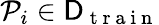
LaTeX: \mathcal{P}_{i}\in\mathsf{{D}}_{\mathrm{{~t~r~a~i~n~}}}